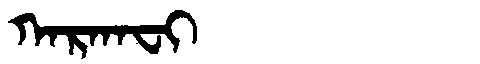
Manchu: ᡴᠠᡵᡴᠠᠸᡳ
Romanization: KARKAFI